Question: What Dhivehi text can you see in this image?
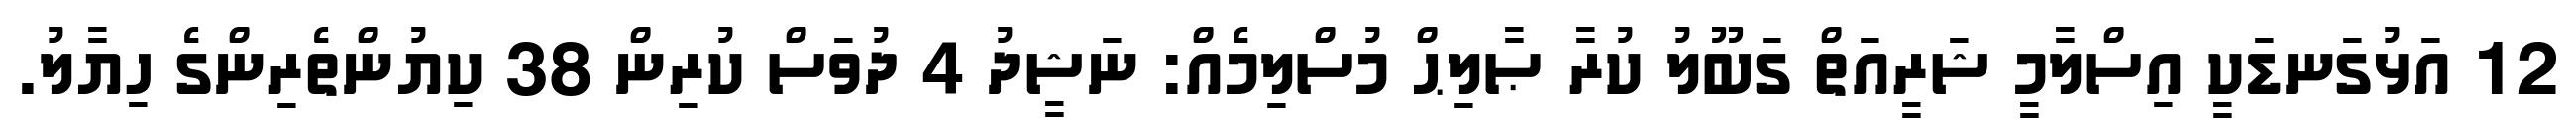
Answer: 12 އަޅުގަނޑަކީ އިސްލާމީ ޝަރީއަތް ގަބޫލު ކުރާ ޞާލިޙް މުސްލިމެއް: ނަޝީދު 4 ދުވަސް ކުރިން 38 ކިޔުންތެރިންގެ ހިޔާލު.